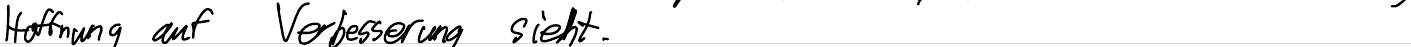
Hoffnung auf Verbesserung sieht.